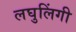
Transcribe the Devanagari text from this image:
लघुलिंगी